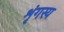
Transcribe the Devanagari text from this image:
शृंगस्य